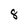
Character: 8